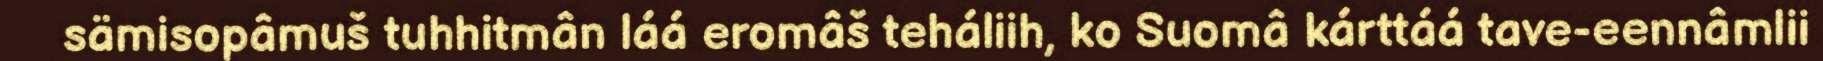
sämisopâmuš tuhhitmân láá eromâš teháliih, ko Suomâ kárttáá tave-eennâmlii